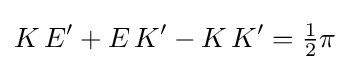
K\,E'+E\,K'-K\,K'={\tfrac {1}{2}}\pi